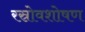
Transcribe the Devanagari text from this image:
रस्रोवशोषण